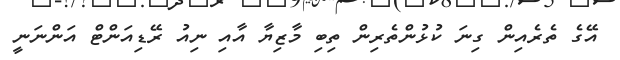
އޭގެ ތެރެއިން ގިނަ ކުޅުންތެރިން ތިބި މާޒިޔާ އާއި ނިއު ރޭޑިއަންޓް އަންނަނީ